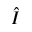
\hat { I }